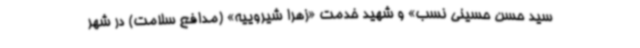
سید حسن حسینی نسب» و شهید خدمت «زهرا شیروییه» (مدافع سلامت) در شهر